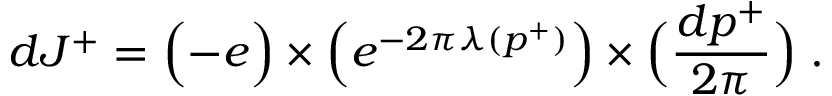
d J ^ { + } = \Bigl ( - e \Bigr ) \times \Bigl ( e ^ { - 2 \pi \lambda ( p ^ { + } ) } \Bigr ) \times \Bigl ( { \frac { d p ^ { + } } { 2 \pi } } \Bigr ) \; .